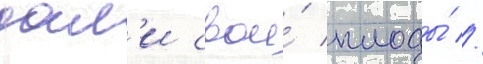
дал'и свои́ плоды́ //